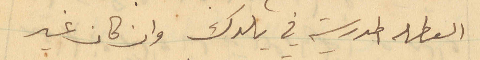
العطله المدرسية في بلدك وان كان غير